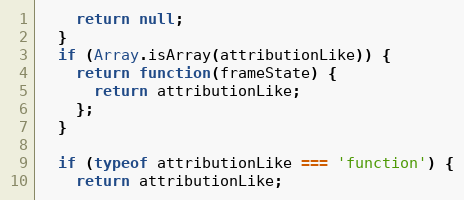
Language: JavaScript
    return null;
  }
  if (Array.isArray(attributionLike)) {
    return function(frameState) {
      return attributionLike;
    };
  }

  if (typeof attributionLike === 'function') {
    return attributionLike;